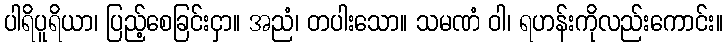
ပါရိပူရိယာ၊ ပြည့်စေခြင်းငှာ။ အညံ၊ တပါးသော။ သမဏံ ဝါ၊ ရဟန်းကိုလည်းကောင်း။